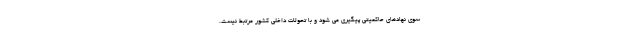
سوی نهادهای حاکمیتی پیگیری می شود و با تحولات داخلی کشور مرتبط نیست.